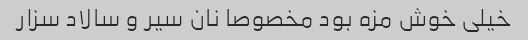
خیلی خوش مزه بود مخصوصا نان سیر و سالاد سزار